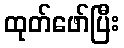
ထုတ်ဖော်ပြီး